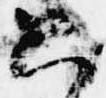
只